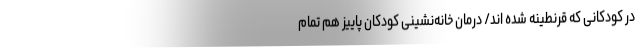
در کودکانی که قرنطینه شده اند/ درمان خانه‌نشینی کودکان پاییز هم تمام